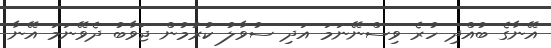
އޭނާގެ ބުއްދި ހުރެ ވިސްނޭނަމަ އަދި ސުވާލު ކުރުމުން ޖަވާބު ދެވޭނަމަ އޭނާ